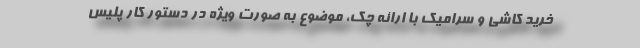
خرید کاشی و سرامیک با ارائه چک، موضوع به صورت ویژه در دستور کار پلیس